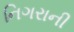
નિગરાની